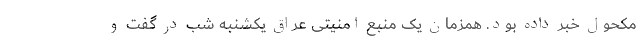
مکحول خبر داده بود. همزمان یک منبع امنیتی عراق یکشنبه شب در گفت و